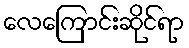
လေကြောင်းဆိုင်ရာ